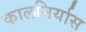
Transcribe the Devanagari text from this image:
कालनिर्यास